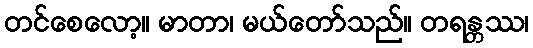
တင်စေလော့။ မာတာ၊ မယ်တော်သည်။ တရန္တဿ၊